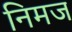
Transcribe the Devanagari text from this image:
निमज